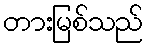
တားမြစ်သည်